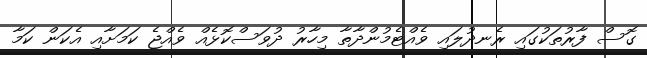
ގޮސް ފާރުތަކުގައި ރެނދުލައި ވެއްޓެމުންދާތާ މިހާރު ދުވަސްކޮޅެއް ވެއްޖެ ކަމަށާއި އެކަން ކަމާ